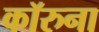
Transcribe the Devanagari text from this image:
कॉरुना